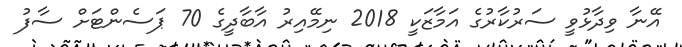
އޭނާ ވިދާޅުވީ ސަރުކާރުގެ އަމާޒަކީ 2018 ނިމޭއިރު އާބާދީގެ 70 ޕަސެންޓަށް ސާފު